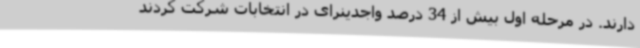
دارند. در مرحله اول بیش از 34 درصد واجدینرای در انتخابات شرکت کردند